Civil Veterinary Department ledger series I-VI
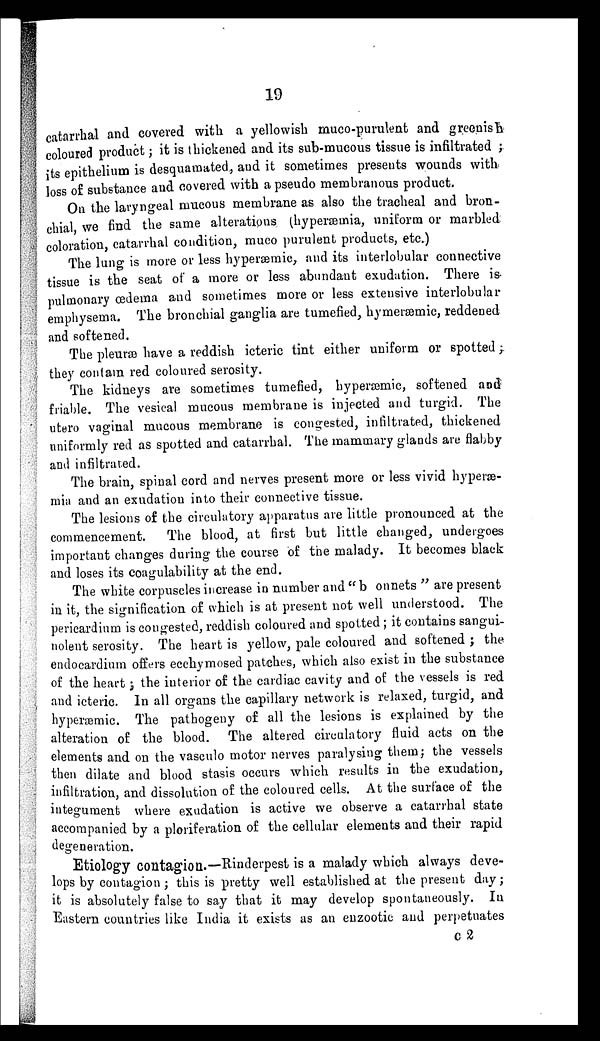
19
catarrhal and covered with a yellowish muco-purulent and greenish
coloured product; it is thickened and its sub-mucous tissue is infiltrated ;
its epithelium is desquamated, and it sometimes presents wounds with
loss of substance and covered with a pseudo membranous product.
On the laryngeal mucous membrane as also the tracheal and bron-
chial, we find the same alterations (hyperæmia, uniform or marbled
coloration, catarrhal condition, muco purulent products, etc.)
The lung is more or less hyperæmic, and its interlobular connective
tissue is the seat of a more or less abundant exudation. There is
pulmonary œdema and sometimes more or less extensive interlobular
emphysema. The bronchial ganglia are tumefied, hymeræmic, reddened
and softened.
The pleuræ have a reddish icteric tint either uniform or spotted;
they contain red coloured serosity.
The kidneys are sometimes tumefied, hyperæmic, softened and
friable. The vesical mucous membrane is injected and turgid. The
utero vaginal mucous membrane is congested, infiltrated, thickened
uniformly red as spotted and catarrhal. The mammary glands are flabby
and infiltrated.
The brain, spinal cord and nerves present more or less vivid hyperæ-
mia and an exudation into their connective tissue.
The lesions of the circulatory apparatus are little pronounced at the
commencement.
The blood, at first but little changed, undergoes
important changes during the course of the malady. It becomes black
and loses its coagulability at the end.
The white corpuscles increase in number and " b onnets " are present
in it, the signification of which is at present not well understood. The
pericardium is congested, reddish coloured and spotted ; it contains sangui-
nolent serosity. The heart is yellow, pale coloured and softened ; the
endocardium offers ecchymosed patches, which also exist in the substance
of the heart ; the interior of the cardiac cavity and of the vessels is red
and icteric. In all organs the capillary network is relaxed, turgid, and
hyperæmic. The pathogeny of all the lesions is explained by the
alteration of the blood. The altered circulatory fluid acts on the
elements and on the vasculo motor nerves paralysing them; the vessels
then dilate and blood stasis occurs which results in the exudation,
infiltration, and dissolution of the coloured cells. At the surface of the
integument where exudation is active we observe a catarrhal state
accompanied by a ploriferation of the cellular elements and their rapid
degeneration.
Etiology contagion.—Rinderpest is a malady which always deve-
lops by contagion ; this is pretty well established at the present day;
it is absolutely false to say that it may develop spontaneously. In
Eastern countries like India it exists as an enzootic and perpetuates
C 2